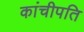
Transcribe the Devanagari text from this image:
कांचीपति